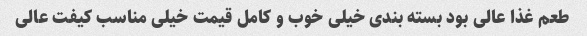
طعم غذا عالی بود بسته بندی خیلی خوب و کامل قیمت خیلی مناسب کیفت عالی